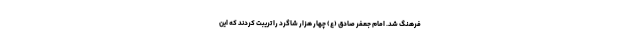
فرهنگ شد. امام جعفر صادق (ع) چهار هزار شاگرد را تریبت کردند که این